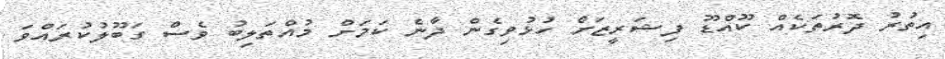
އިތުރު ދޮރުތަކެއް ކޫއްޑޫ ފިޝަރީޒަށް ހުޅުވިގެން ދާނެ ކަމަށް މުއްތަލިބު ވެސް ގަބޫލުކުރައްވަ